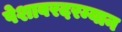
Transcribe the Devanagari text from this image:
पेशावरदरम्यान